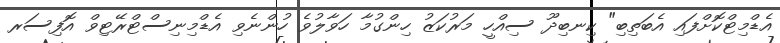
އެޑްމިޓްކޮށްފައި އެބަތިބި" ކިނބިދޫ ސިއްހީ މަރުކަޒު ހިންގުމާ ހަވާލުވެ ހުންނެވި އެޑްމިނިސްޓްރޭޓިވް އޮފިސަރ